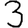
Digit: 3